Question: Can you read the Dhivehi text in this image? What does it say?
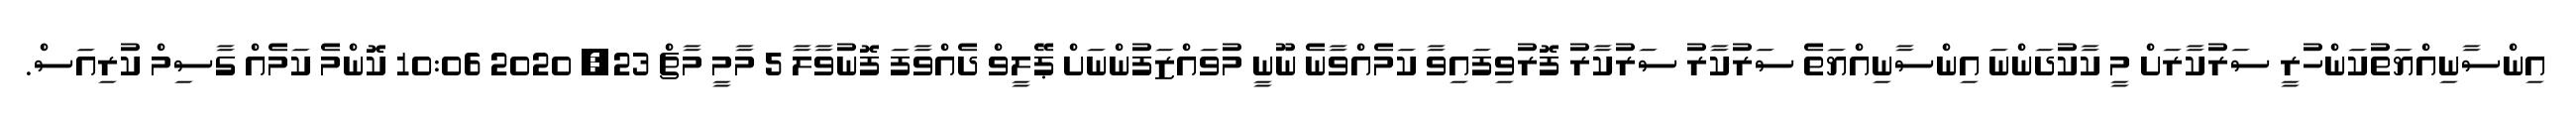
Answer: އިންސާނިއްޔަތުކަންހުރީ ސަރުކާރަށް މީ ކާކުދަންނަ އިންސާނިއްޔަތެ ސަރުކާރު ސަރުކާރު ފޮރުވިފައިވާ ކަމެއްވާނެ ނޫނީ މުވައްޒަފުންނަށް ޕޭލީވް ދެއްވާފަ ފޮނުވާލާ 5 މާމީ މާޗް 23, 2020 10:06 ކޮންމެ ކަމެއް ގާސިމް ކުރިއަސް.